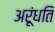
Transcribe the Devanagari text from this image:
अरूंधति